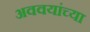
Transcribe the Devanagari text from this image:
अववयांच्या